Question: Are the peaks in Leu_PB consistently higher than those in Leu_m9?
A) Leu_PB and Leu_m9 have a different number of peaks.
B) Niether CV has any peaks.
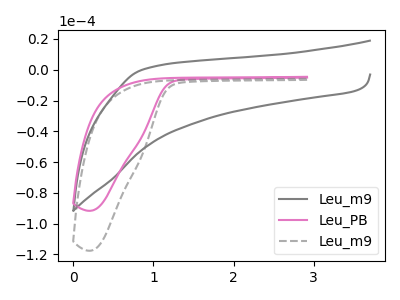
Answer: <think>The gray curve "Leu_m9" has no peaks. The pink curve "Leu_PB" has no peaks. The gray dashed curve "Leu_m9" has no peaks.</think>
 <answer>B) Niether CV has any peaks.</answer>
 <eval>B</eval>